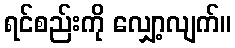
ရင်စည်းကို လျှော့လျက်။